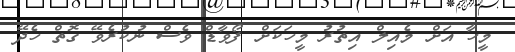
މީހާ އަށް މެއިލް އިތުރު މީހަކަށް ފޯވާޑް ވެސް ނުކުރެވޭ ގޮތް ހެދޭ